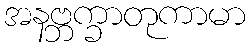
အနဗ္ဘက္ခာတုကာမာ